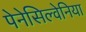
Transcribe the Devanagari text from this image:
पेनेसिल्वेनिया